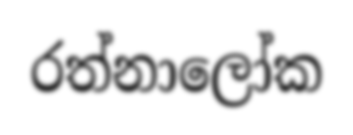
රත්නාලෝක